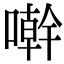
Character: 𠿨